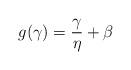
LaTeX: \begin{align*}g(\gamma) = \frac{\gamma}{\eta} + \beta\end{align*}